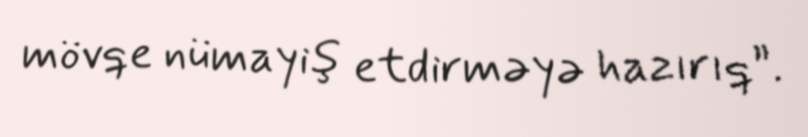
mövqe nümayiş etdirməyə hazırıq”.